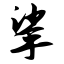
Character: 挲